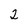
Character: 2